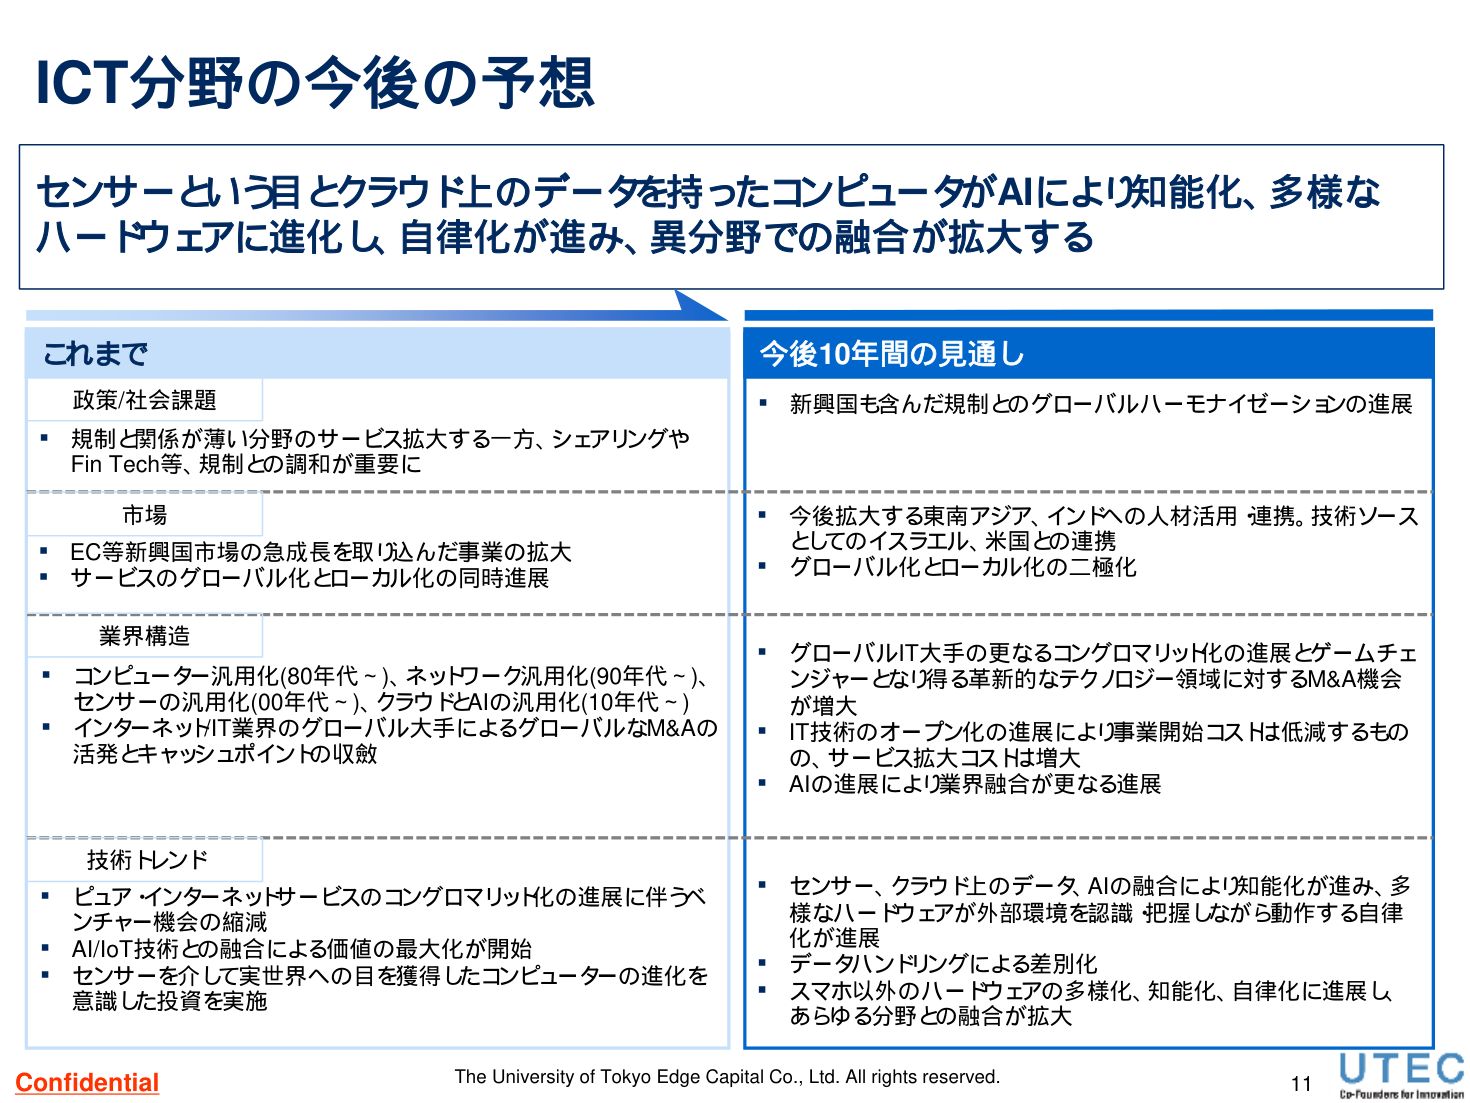
ICT分野の今後の予想

センサーという目とクラウド上のデータを持ったコンピュータがAIにより知能化、多様なハードウェアに進化し、自律化が進み、異分野での融合が拡大する

これまで
政策/社会課題
・規制と関係が薄い分野のサービス拡大する一方、シェアリングやFin Tech等、規制との調和が重要に

市場
・EC等新興国市場の急成長を取り込んだ事業の拡大
・サービスのグローバル化とローカル化の同時進展

業界構造
・コンピューター汎用化(80年代～)、ネットワーク汎用化(90年代～)、センサーの汎用化(00年代～)、クラウドとAIの汎用化(10年代～)
・インターネットIT業界のグローバル大手によるグローバルなM&Aの活発とキャッシュポイントの収斂

技術トレンド
・ピュア・インターネットサービスのコングロマリット化の進展に伴うベンチャー機会の縮減
・AI/IoT技術との融合による価値の最大化が開始
・センサーを介して実世界への目を獲得したコンピューターの進化を意識した投資を実施

今後10年間の見通し
・新興国も含んだ規制とのグローバルハーモナイゼーションの進展

・今後拡大する東南アジア、インドへの人材活用・連携。技術ソースとしてのイスラエル、米国との連携
・グローバル化とローカル化の二極化

・グローバルIT大手の更なるコングロマリット化の進展とゲームチェンジャーとなり得る革新的なテクノロジー領域に対するM&A機会が増大
・IT技術のオープン化の進展により事業開始コストは低減するものの、サービス拡大コストは増大
・AIの進展により業界融合が更なる進展

・センサー、クラウド上のデータ、AIの融合により知能化が進み、多様なハードウェアが外部環境を認識・把握しながら動作する自律化が進展
・データハンドリングによる差別化
・スマホ以外のハードウェアの多様化、知能化、自律化に進展し、あらゆる分野との融合が拡大

Confidential
The University of Tokyo Edge Capital Co., Ltd. All rights reserved.
11
UTEC
Co-Founders for Innovation